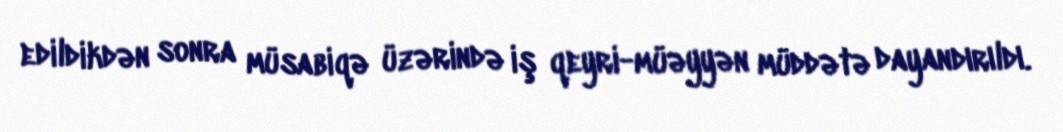
edildikdən sonra müsabiqə üzərində iş qeyri-müəyyən müddətə dayandırıldı.